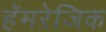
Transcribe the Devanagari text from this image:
हॅमरेजिक